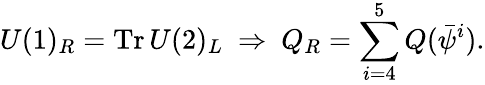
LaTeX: U(1)_{R}=\mathrm{Tr}\, U(2)_{L}~\Rightarrow~Q_{R}=\sum_{i=4}^{5}Q({\bar{\psi}}^{i}).